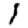
Digit: 1